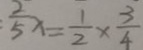
\frac { 2 } { 5 } x = \frac { 1 } { 2 } \times \frac { 3 } { 4 }